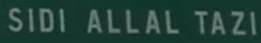
SIDI ALLAL TAZI